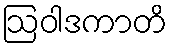
ဩဝါဒကာတိ